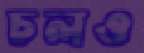
চলও